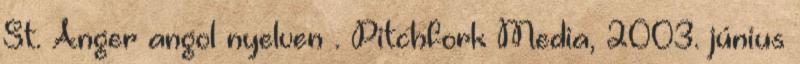
St. Anger angol nyelven . Pitchfork Media, 2003. június